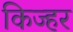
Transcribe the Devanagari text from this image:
किज्हर